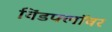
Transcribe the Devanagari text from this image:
विंडफ्लॉवर